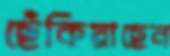
ছেঁকিয়াছেন